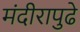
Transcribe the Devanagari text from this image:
मंदीरापुढे